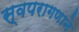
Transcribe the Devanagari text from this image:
स्वपरागणाने